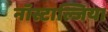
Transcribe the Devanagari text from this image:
नॉस्टाल्जिया